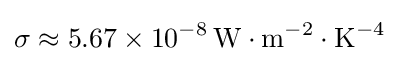
\sigma \approx 5.67\times 10^{-8}\,{\rm {W\cdot m^{-2}\cdot K^{-4}}}